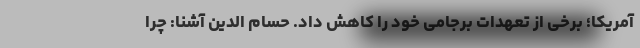
آمریکا؛ برخی از تعهدات برجامی خود را کاهش داد. حسام الدین آشنا: چرا